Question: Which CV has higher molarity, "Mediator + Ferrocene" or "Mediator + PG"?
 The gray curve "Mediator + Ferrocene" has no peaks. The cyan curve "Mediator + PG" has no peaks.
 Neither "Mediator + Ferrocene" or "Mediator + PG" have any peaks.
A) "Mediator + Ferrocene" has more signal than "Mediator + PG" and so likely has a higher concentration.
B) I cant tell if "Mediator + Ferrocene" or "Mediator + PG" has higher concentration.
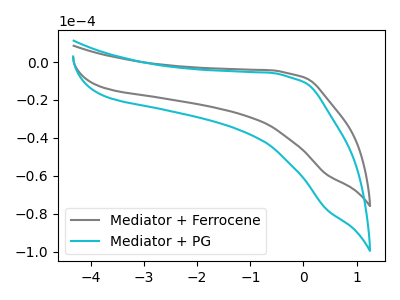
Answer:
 <answer>B) I cant tell if "Mediator + Ferrocene" or "Mediator + PG" has higher concentration.</answer>
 <eval>B</eval>